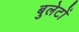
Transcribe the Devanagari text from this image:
बुलेटों